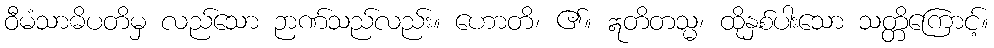
ဝီမံသာဓိပတိမှ လည်သော ဉာဏ်သည်လည်း။ ဟောတိ၊ ၏။ ဣတိတသ္မ၊ ထိုနှစ်ပါးသော သတ္တိကြောင့်။